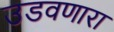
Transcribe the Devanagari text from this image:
उडवणारा